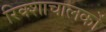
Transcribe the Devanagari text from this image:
रिक्शाचालकों